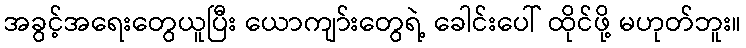
အခွင့်အရေးတွေယူပြီး ယောကျာ်းတွေရဲ့ ခေါင်းပေါ် ထိုင်ဖို့ မဟုတ်ဘူး။